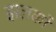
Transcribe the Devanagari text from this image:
झलकों